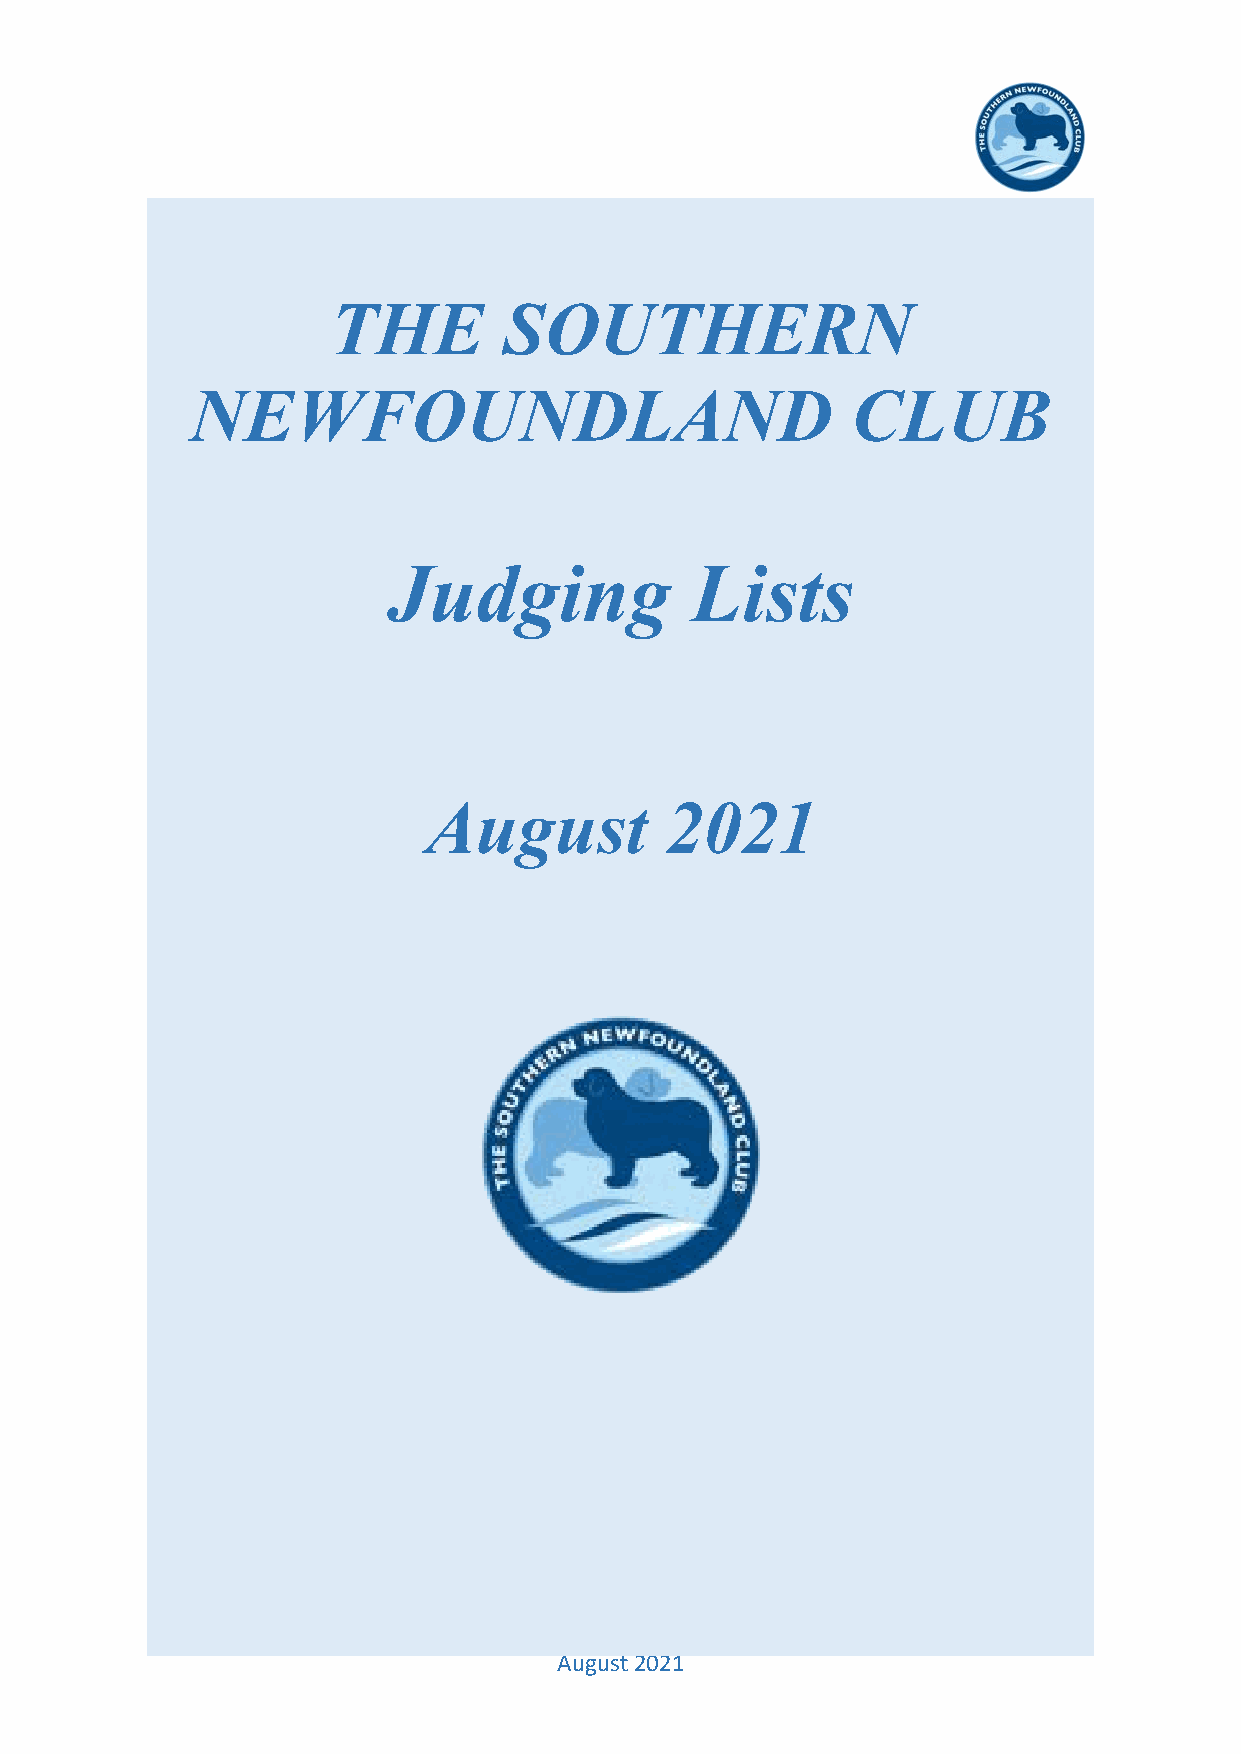
THE        SOUTHERN
 NEWFOUNDLAND                               CLUB
 Judging             Lists
 August          2021
 August 2021